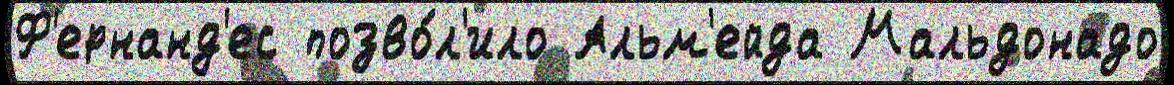
Ф'ернанд'ес позво́л'ило Альм'ейда Мальдонадо